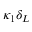
\kappa _ { 1 } \delta _ { L }